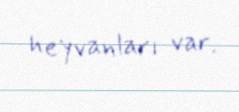
heyvanları var.